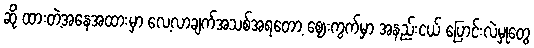
ဆို ထားတဲ့အနေအထားမှာ လေ့လာချက်အသစ်အရတော့ ဈေးကွက်မှာ အနည်းငယ် ပြောင်းလဲမှုတွေ